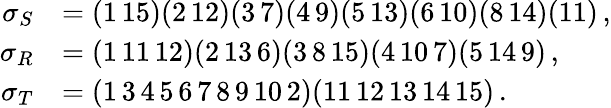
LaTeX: \begin{array}{rl}{\sigma_{S}}&{=(1\, 15)(2\, 12)(3\, 7)(4\, 9)(5\, 13)(6\, 10)(8\, 14)(11)\, ,}\\ {\sigma_{R}}&{=(1\, 11\, 12)(2\, 13\, 6)(3\, 8\, 15)(4\, 10\, 7)(5\, 14\, 9)\, ,}\\ {\sigma_{T}}&{=(1\, 3\, 4\, 5\, 6\, 7\, 8\, 9\, 10\, 2)(11\, 12\, 13\, 14\, 15)\, .}\end{array}